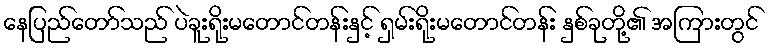
နေပြည်တော်သည် ပဲခူးရိုးမတောင်တန်းနှင့် ရှမ်းရိုးမတောင်တန်း နှစ်ခုတို့၏ အကြားတွင်